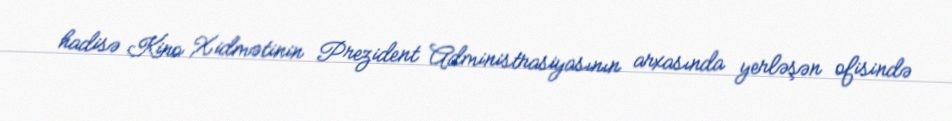
hadisə Kino Xidmətinin Prezident Administrasiyasının arxasında yerləşən ofisində